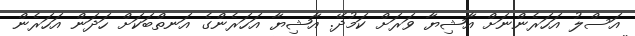
އަސްލު އަހަރެންނަށް އާޝިޔާ ވަރަށް ކަމުދޭ. އާޝިޔާ އަހަރެންގެ އަނތްބަކަށް ހަދަން އަހަރެން